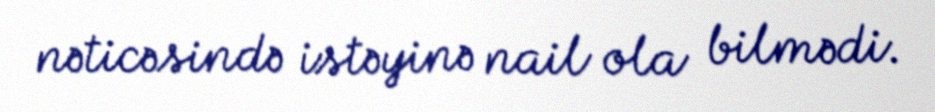
nəticəsində istəyinə nail ola bilmədi.